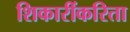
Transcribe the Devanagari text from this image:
शिकारींकरिता